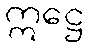
ဣဋ္ဌေ